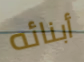
أبنائه